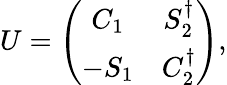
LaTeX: U=\left(\begin{array}{cc}{{C_{1}}}&{{S_{2}^{\dagger}}}\\ {{-S_{1}}}&{{C_{2}^{\dagger}}}\end{array}\right),